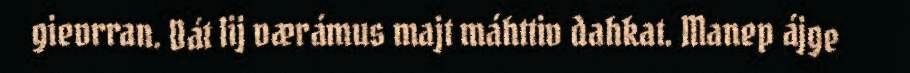
gievrran. Dát lij værámus majt máhttiv dahkat. Manep ájge